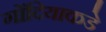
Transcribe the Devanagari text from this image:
गोंदियाकडे